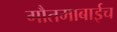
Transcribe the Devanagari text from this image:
गौतमाबाईच